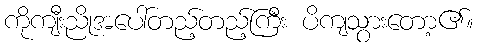
ကိုကျီးညိုအပေါ်တည့်တည့်ကြီး ပိကျသွားတော့၏။